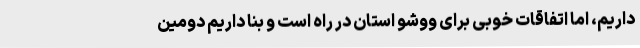
داریم، اما اتفاقات خوبی برای ووشو استان در راه است و بنا داریم دومین